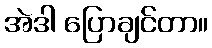
အဲဒါ ပြောချင်တာ။